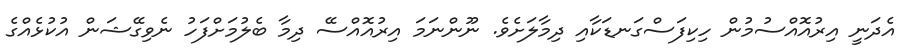
އެދަނީ އިރުއޮއްސުމުން ހިކިފަސްގަނޑަކާއި ދިމާލަށެވެ. ނޫންނަމަ އިރުއޮއްސޭ ދިމާ ބެލުމަށްފަހު ނެވިގޭޝަން އުކުޅެއްގެ